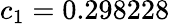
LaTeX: c_{1}=0.298228